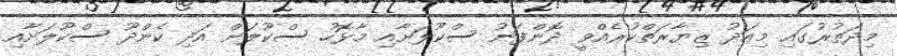
މިދަތުރުގައި މިއަދު ޒިޔާރަތްކުރެއްވީ ދޮންފަނު ސްކޫލަށާއި މާޅޮހު ސްކޫލަށް އަދި ކެންދޫ ސްކޫލަށާއި